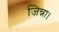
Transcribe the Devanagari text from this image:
जिन्ना।